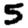
Digit: 5